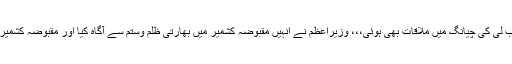
وزیراعظم نواز شریف اور چینی ہم منصب لی کی چیانگ میں ملاقات بھی ہوئی،،، وزیراعظم نے انہیں مقبوضہ کشمیر میں بھارتی ظلم وستم سے آگاہ کیا اور مقبوضہ کشمیر میں مظالم پر چینی بیان کا خیر مقدم کیا۔